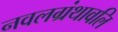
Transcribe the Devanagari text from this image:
नवलग्रंथावलि